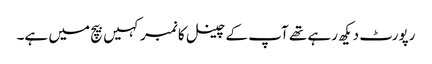
رپورٹ دیکھ رہے تھے آپ کے چینل کا نمبر کہیں بیچ میں ہے۔